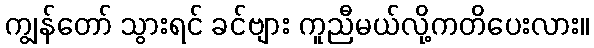
ကျွန်တော် သွားရင် ခင်ဗျား ကူညီမယ်လို့ကတိပေးလား။